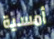
أمسية